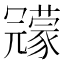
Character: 𠖨